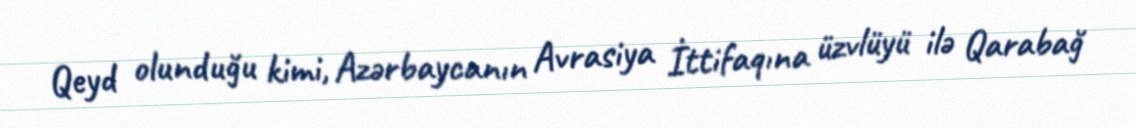
Qeyd olunduğu kimi, Azərbaycanın Avrasiya İttifaqına üzvlüyü ilə Qarabağ